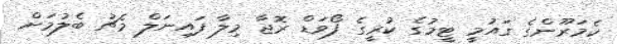
ކެމަރޫންގެ ގައުމީ ޓީމުގެ ކުރީގެ ފޯވަޑް ރޮޖާ މިލާ ފައިނަލް މެޗު ބެލުމަށް